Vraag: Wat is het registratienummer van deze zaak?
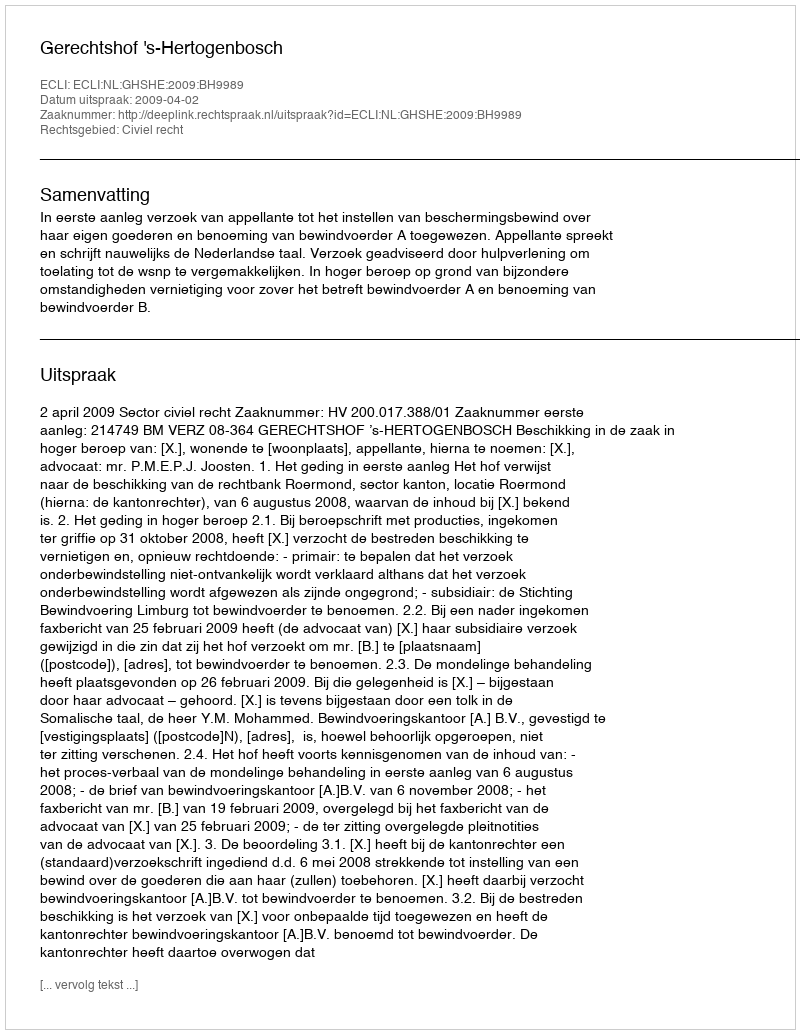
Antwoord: http://deeplink.rechtspraak.nl/uitspraak?id=ECLI:NL:GHSHE:2009:BH9989